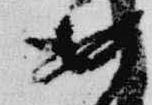
安